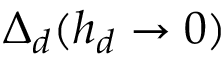
\Delta _ { d } ( h _ { d } \rightarrow 0 )